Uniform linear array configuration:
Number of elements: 64
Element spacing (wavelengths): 1
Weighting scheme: hann
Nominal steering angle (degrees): -15
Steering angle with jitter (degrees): -15.235
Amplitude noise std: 0.05
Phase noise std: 0.05

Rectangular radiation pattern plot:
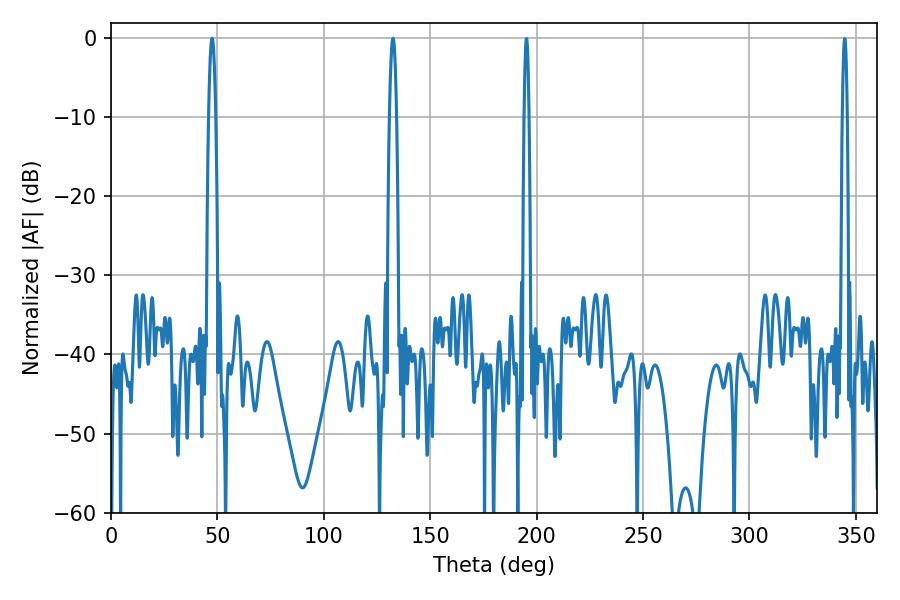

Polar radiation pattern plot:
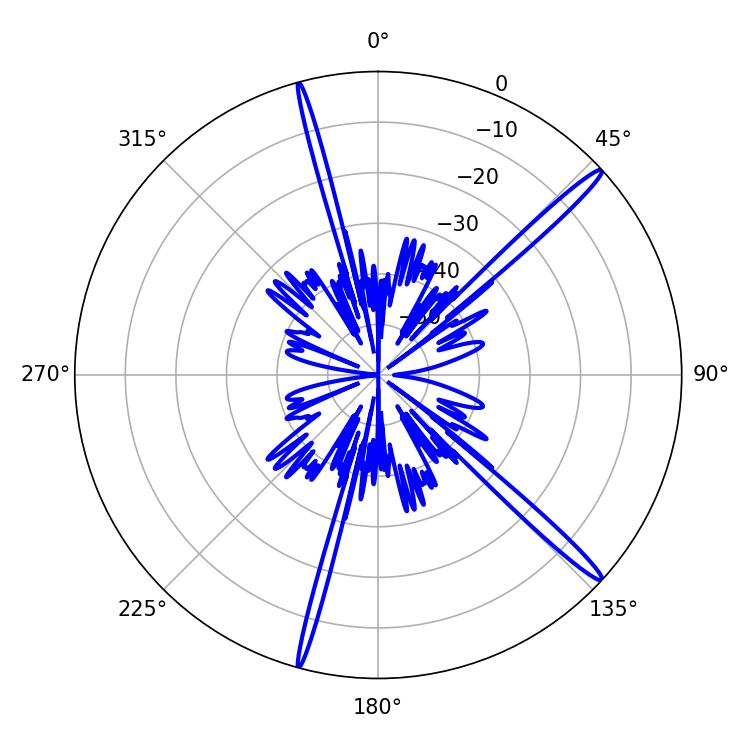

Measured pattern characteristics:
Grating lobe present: TRUE
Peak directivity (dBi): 17.071
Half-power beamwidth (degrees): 1.8
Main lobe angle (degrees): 47.52